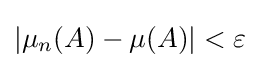
|\mu _{n}(A)-\mu (A)|<\varepsilon